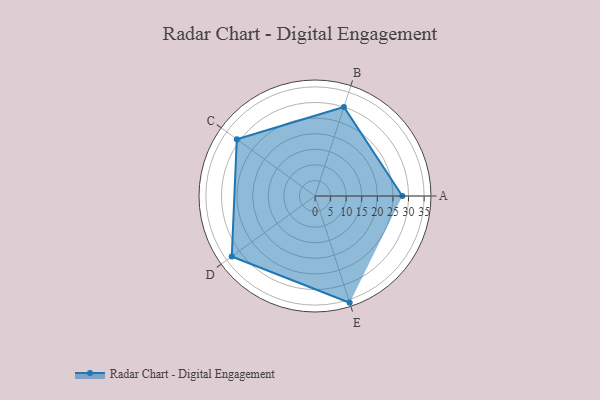
{"axis": {"x": "Skill", "y": "Score"}, "legend": ["Profile"], "data": [{"x": "A", "y": 28.0, "type": "Profile"}, {"x": "B", "y": 30.0, "type": "Profile"}, {"x": "C", "y": 31.0, "type": "Profile"}, {"x": "D", "y": 33.0, "type": "Profile"}, {"x": "E", "y": 36.0, "type": "Profile"}]}